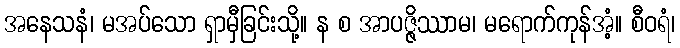
အနေသနံ၊ မအပ်သော ရှာမှီခြင်းသို့။ န စ အာပဇ္ဇိဿာမ၊ မရောက်ကုန်အံ့။ စီဝရံ၊